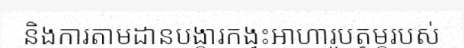
និងការតាមដានបង្ការកង្វះអាហារូបត្ថម្ភរបស់